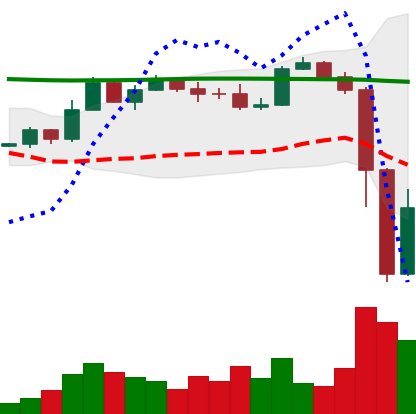
Ticker: BTC-USD
Chart end date: 2022-11-10
Forward return: -3.993%
Label: down_3_5